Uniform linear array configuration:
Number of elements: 24
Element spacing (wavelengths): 0.75
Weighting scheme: exponential
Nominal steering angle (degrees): -30
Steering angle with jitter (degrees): -31.027
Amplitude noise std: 0.05
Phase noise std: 0.05

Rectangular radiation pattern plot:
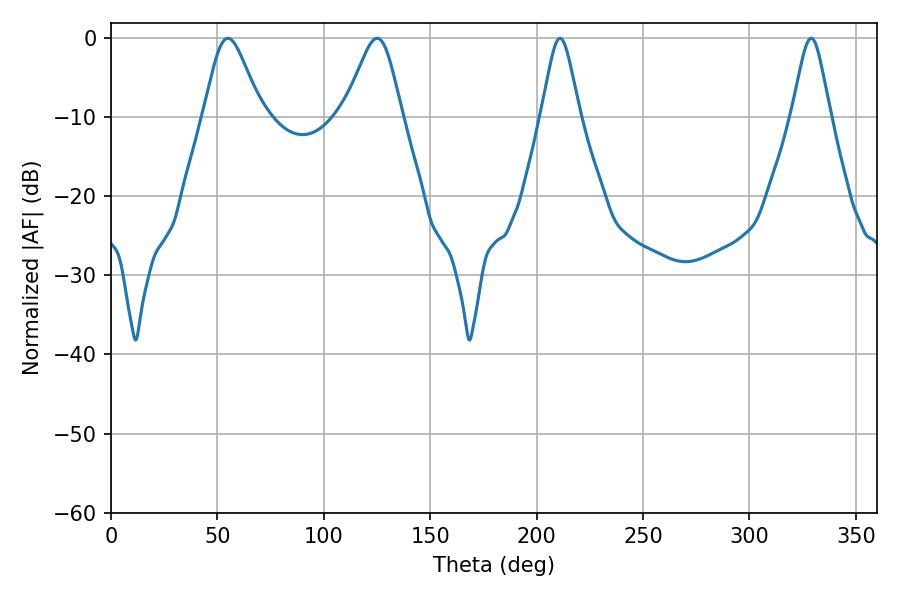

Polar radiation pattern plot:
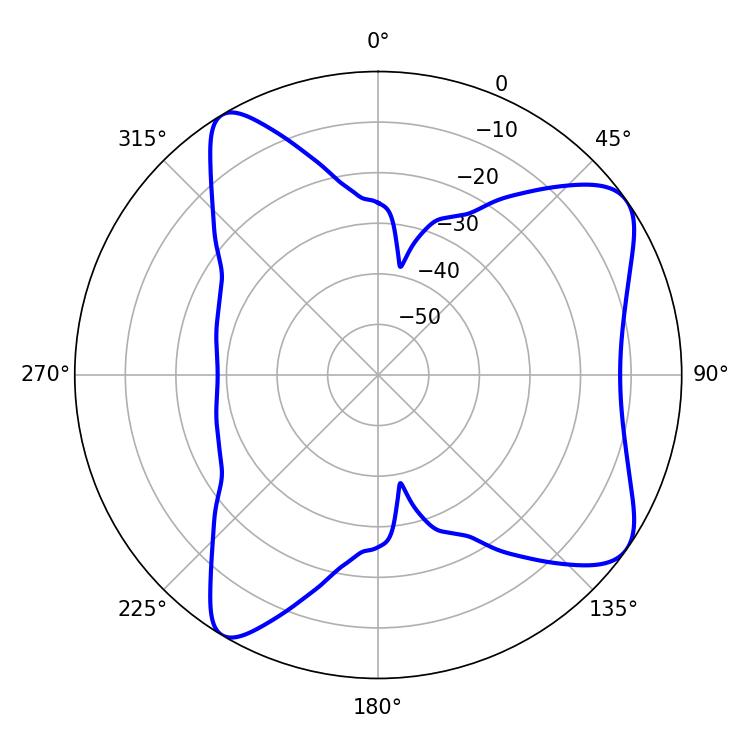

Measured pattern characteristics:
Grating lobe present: TRUE
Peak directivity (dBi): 8.202
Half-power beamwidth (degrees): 13.32
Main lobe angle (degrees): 54.9